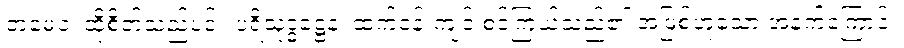
တမေဝ၊ ထိုစိတ်သည်ပင်။ ပရိသုဒ္ဓဋ္ဌေန၊ ထက်ဝန်းကျင် စင်ကြယ်သည်၏ အဖြစ်ဟူသော အနက်ကြောင့်။